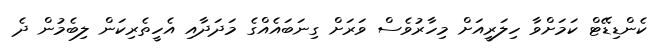
ކެންޑިޑޭޓް ކަމަށްވާ ހިލަރީއަށް މިހާރުވެސް ވަރަށް ގިނަބައެއްގެ މަދަދާއި އެހީތެރިކަން ލިބެމުން ދެ